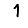
Digit: 1